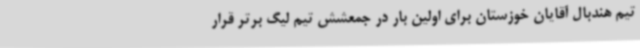
تیم هندبال آقایان خوزستان برای اولین بار در جمعشش تیم لیگ برتر قرار